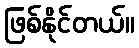
ဖြစ်နိုင်တယ်။